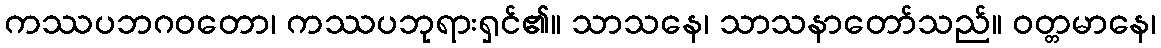
ကဿပဘဂဝတော၊ ကဿပဘုရားရှင်၏။ သာသနေ၊ သာသနာတော်သည်။ ဝတ္တမာနေ၊